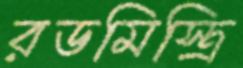
রডমিস্ত্রি